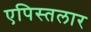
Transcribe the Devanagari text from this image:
एपिस्तलार